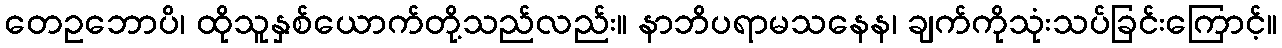
တေဥဘောပိ၊ ထိုသူနှစ်ယောက်တို့သည်လည်း။ နာဘိပရာမသနေန၊ ချက်ကိုသုံးသပ်ခြင်းကြောင့်။